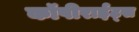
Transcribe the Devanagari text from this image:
कॉपीराईट्स